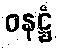
ဝနဋ္ဌံ